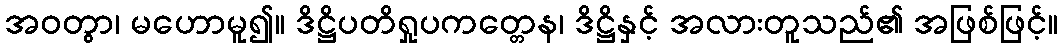
အဝတွာ၊ မဟောမူ၍။ ဒိဋ္ဌိပတိရှုပကတ္တေန၊ ဒိဋ္ဌိနှင့် အလားတူသည်၏ အဖြစ်ဖြင့်။